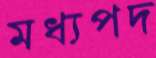
মধ্যপদ